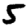
Digit: 5